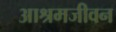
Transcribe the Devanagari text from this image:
आश्रमजीवन